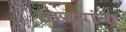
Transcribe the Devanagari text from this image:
भाज्यांना